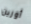
أورين